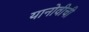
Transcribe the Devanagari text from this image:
यानोवीची